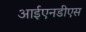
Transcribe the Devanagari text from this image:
आईएनडीएस